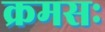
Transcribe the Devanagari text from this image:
क्रमसः